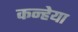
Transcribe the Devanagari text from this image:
कन्हेया